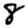
Digit: 8